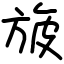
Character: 旇